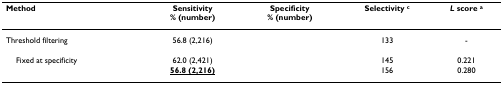
<table><thead><tr><td><b>Method</b></td><td><b>Sensitivity% (number)</b></td><td><b>Specificity% (number)</b></td><td><b>Selectivity <sup>c</sup></b></td><td><b><i>L </i>score <sup>a</sup></b></td></tr></thead><tbody><tr><td>Threshold filtering</td><td>56.8 (2,216)</td><td>[EMPTY_CELL]</td><td>133</td><td>-</td></tr><tr><td>[EMPTY_CELL]</td><td>[EMPTY_CELL]</td><td>[EMPTY_CELL]</td><td>[EMPTY_CELL]</td><td>[EMPTY_CELL]</td></tr><tr><td> Fixed at specificity</td><td>62.0 (2,421)</td><td>[EMPTY_CELL]</td><td>145</td><td>0.221</td></tr><tr><td>[EMPTY_CELL]</td><td><b><underline>56.8 (2,216)</underline></b></td><td>[EMPTY_CELL]</td><td>156</td><td>0.280</td></tr></tbody></table>